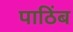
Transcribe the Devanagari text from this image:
पाठिंब